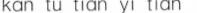
kan tu tian yi ian